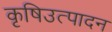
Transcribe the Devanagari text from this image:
कृषिउत्पादन